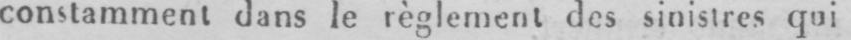
constamment dans le règlement des sinistres qui